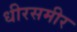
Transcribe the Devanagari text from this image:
धीरसमीर